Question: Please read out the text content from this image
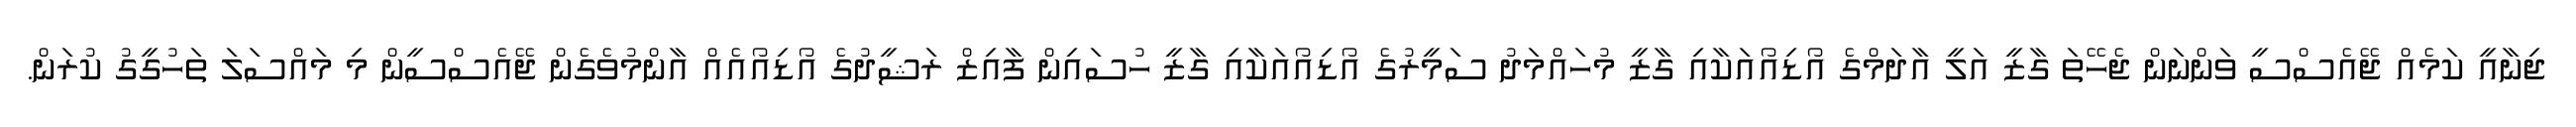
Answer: ޖިނާއީ ކަމެއް ޖޭއެސްސީ ވަންނަން ޖެހޭތަ ގާޒީ އަލީ އާދަމްގެ އޯޑިއޯއަކާއި ގާޒީ މުހައްމަދު ސަމީރުގެ އޯޑިއޯއަކާއި ގާޒީ ހުސައިން ފާއިޒް ރަޝީދުގެ އޯޑިއޯއެއް އާންމުވެގެން ޖޭއެސްސީން މި މައްސަލަ ތަހުގީގު ކުރަން.